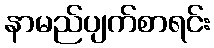
နာမည်ပျက်စာရင်း